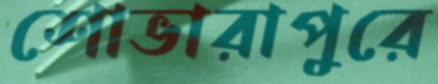
শোভারাপুরে